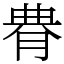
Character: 䐌